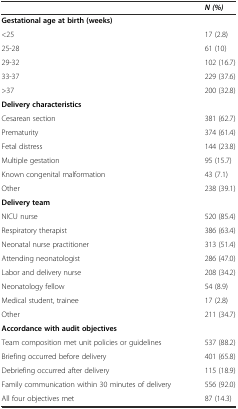
|  | N (%) |
 | --- | --- |
 | Gestational age at birth (weeks) |  |
 | <25 | 17 (2.8) |
 | 25-28 | 61 (10) |
 | 29-32 | 102 (16.7) |
 | 33-37 | 229 (37.6) |
 | >37 | 200 (32.8) |
 | Delivery characteristics |  |
 | Cesarean section | 381 (62.7) |
 | Prematurity | 374 (61.4) |
 | Fetal distress | 144 (23.8) |
 | Multiple gestation | 95 (15.7) |
 | Known congenital malformation | 43 (7.1) |
 | Other | 238 (39.1) |
 | Delivery team |  |
 | NICU nurse | 520 (85.4) |
 | Respiratory therapist | 386 (63.4) |
 | Neonatal nurse practitioner | 313 (51.4) |
 | Attending neonatologist | 286 (47.0) |
 | Labor and delivery nurse | 208 (34.2) |
 | Neonatology fellow | 54 (8.9) |
 | Medical student, trainee | 17 (2.8) |
 | Other | 211 (34.7) |
 | Accordance with audit objectives |  |
 | Team composition met unit policies or guidelines | 537 (88.2) |
 | Briefing occurred before delivery | 401 (65.8) |
 | Debriefing occurred after delivery | 115 (18.9) |
 | Family communication within 30 minutes of delivery | 556 (92.0) |
 | All four objectives met | 87 (14.3) |